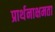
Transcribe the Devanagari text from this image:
प्रार्थनाक्षमता